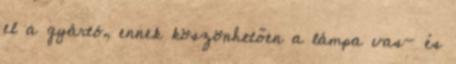
el a gyártó, ennek köszönhetően a lámpa vas- és